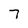
Character: 7